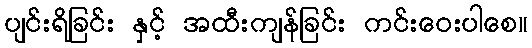
ပျင်းရိခြင်း နှင့် အထီးကျန်ခြင်း ကင်းဝေးပါစေ။